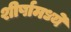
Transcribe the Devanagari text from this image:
शीर्षामध्ये